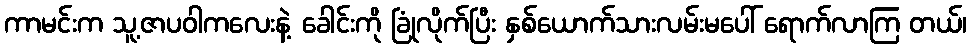
ကာမင်းက သူ့ဇာပဝါကလေးနဲ့ ခေါင်းကို ခြုံလိုက်ပြီး နှစ်ယောက်သားလမ်းမပေါ် ရောက်လာကြ တယ်၊